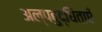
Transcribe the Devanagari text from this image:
अल्पबुद्धिताएँ